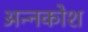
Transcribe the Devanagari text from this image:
अन्‍नकोश